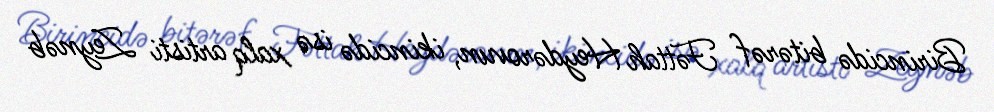
Birincidə bitərəf Fəttah Heydərovun, ikincidə isə xalq artisti Zeynəb